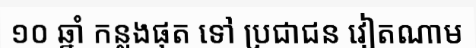
១០ ឆ្នាំ កន្លងផុត ទៅ ប្រជាជន វៀតណាម